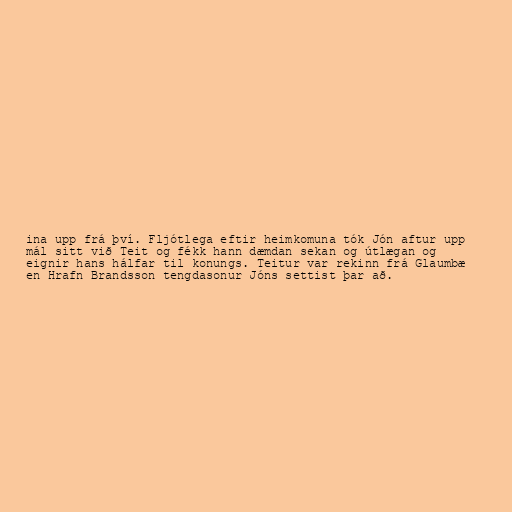
ina upp frá því. Fljótlega eftir heimkomuna tók Jón aftur upp
mál sitt við Teit og fékk hann dæmdan sekan og útlægan og
eignir hans hálfar til konungs. Teitur var rekinn frá Glaumbæ
en Hrafn Brandsson tengdasonur Jóns settist þar að.